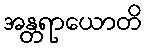
အန္တရာယောတိ